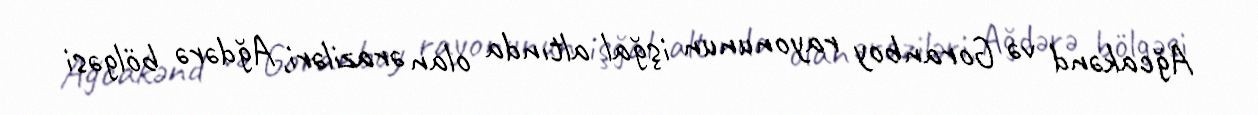
Ağcakənd və Goranboy rayonunun işğal altında olan əraziləri, Ağdərə bölgəsi